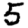
Digit: 5